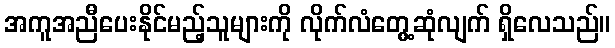
အကူအညီပေးနိုင်မည့်သူများကို လိုက်လံတွေ့ဆုံလျက် ရှိလေသည်။